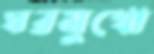
ঘরমুখো